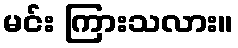
မင်း ကြားသလား။